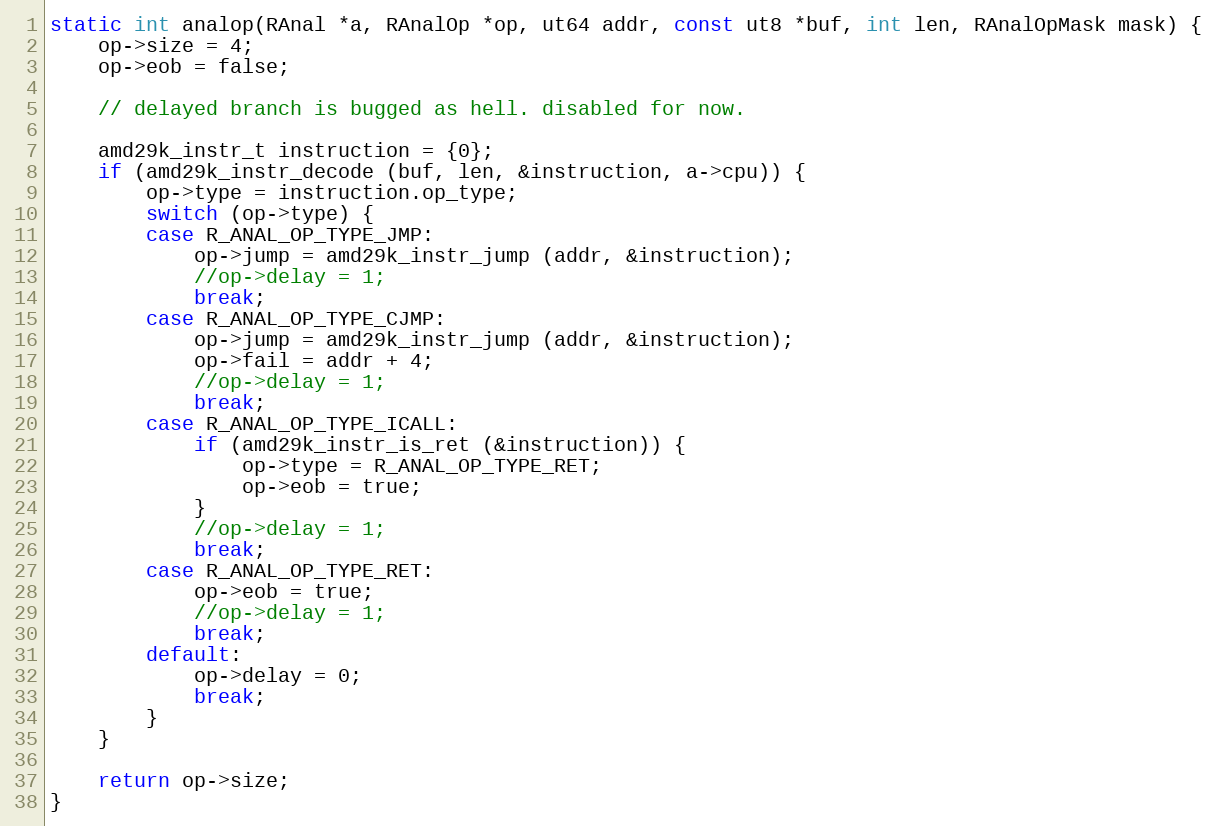
Language: C
static int analop(RAnal *a, RAnalOp *op, ut64 addr, const ut8 *buf, int len, RAnalOpMask mask) {
	op->size = 4;
	op->eob = false;

	// delayed branch is bugged as hell. disabled for now.

	amd29k_instr_t instruction = {0};
	if (amd29k_instr_decode (buf, len, &instruction, a->cpu)) {
		op->type = instruction.op_type;
		switch (op->type) {
		case R_ANAL_OP_TYPE_JMP:
			op->jump = amd29k_instr_jump (addr, &instruction);
			//op->delay = 1;
			break;
		case R_ANAL_OP_TYPE_CJMP:
			op->jump = amd29k_instr_jump (addr, &instruction);
			op->fail = addr + 4;
			//op->delay = 1;
			break;
		case R_ANAL_OP_TYPE_ICALL:
			if (amd29k_instr_is_ret (&instruction)) {
				op->type = R_ANAL_OP_TYPE_RET;
				op->eob = true;
			}
			//op->delay = 1;
			break;
		case R_ANAL_OP_TYPE_RET:
			op->eob = true;
			//op->delay = 1;
			break;
		default:
			op->delay = 0;
			break;
		}
	}

	return op->size;
}